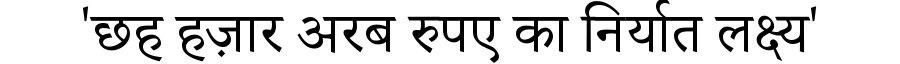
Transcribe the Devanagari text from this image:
'छह हज़ार अरब रुपए का निर्यात लक्ष्य'